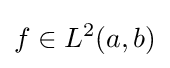
f\in L^{2}(a,b)